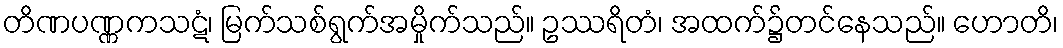
တိဏပဏ္ဏကသဋံ၊ မြက်သစ်ရွက်အမှိုက်သည်။ ဥဿရိတံ၊ အထက်၌တင်နေသည်။ ဟောတိ၊